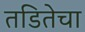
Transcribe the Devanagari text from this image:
तडितेचा